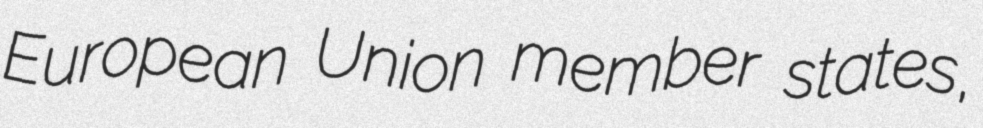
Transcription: European Union member states,